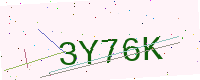
Text: 3Y76K